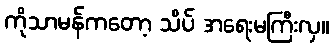
ကိုသာမန်ကတော့ သိပ် အရေးမကြီးလှ။